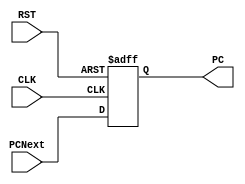
module PCCounter(
    input CLK, RST,
    input [31:0] PCNext, //nextstate
    output reg [31:0] PC //current state
);
  
always @ (posedge CLK or posedge RST) //CS
    if (RST)
        PC <= 0;
    else PC <= PCNext;
endmodule